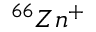
^ { 6 6 } Z n ^ { + }